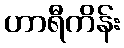
ဟာရီကိန်း